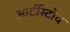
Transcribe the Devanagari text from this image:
आर्टीस्टोव